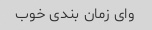
وای زمان بندی خوب